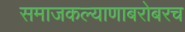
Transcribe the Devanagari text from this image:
समाजकल्याणाबरोबरच